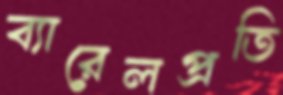
ব্যারেলপ্রতি